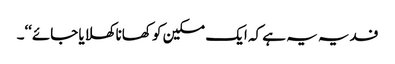
فدیہ یہ ہے کہ ایک مسکین کو کھانا کھلایا جائے‘‘۔